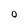
Character: O